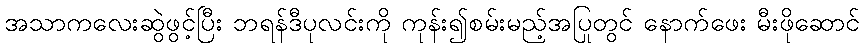
အသာကလေးဆွဲဖွင့်ပြီး ဘရန်ဒီပုလင်းကို ကုန်း၍စမ်းမည့်အပြုတွင် နောက်ဖေး မီးဖိုဆောင်